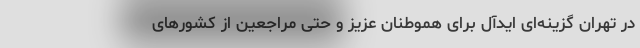
در تهران گزینه‌ای ایدآل برای هموطنان عزیز و حتی مراجعین از کشورهای